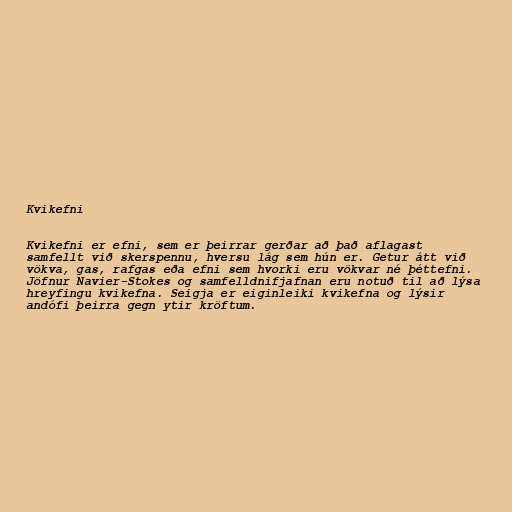
Kvikefni

Kvikefni er efni, sem er þeirrar gerðar að það aflagast
samfellt við skerspennu, hversu lág sem hún er. Getur átt við
vökva, gas, rafgas eða efni sem hvorki eru vökvar né þéttefni.
Jöfnur Navier-Stokes og samfelldnifjafnan eru notuð til að lýsa
hreyfingu kvikefna. Seigja er eiginleiki kvikefna og lýsir
andófi þeirra gegn ytir kröftum.